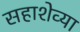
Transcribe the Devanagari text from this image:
सहाशेव्या